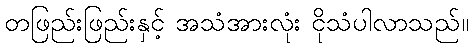
တဖြည်းဖြည်းနှင့် အသံအားလုံး ငိုသံပါလာသည်။